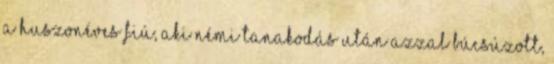
a huszonéves fiú, aki némi tanakodás után azzal búcsúzott,